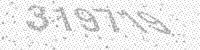
Solution: 319719